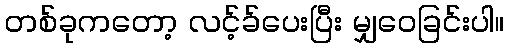
တစ်ခုကတော့ လင့်ခ်ပေးပြီး မျှဝေခြင်းပါ။